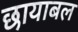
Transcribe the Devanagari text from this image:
छायाबल